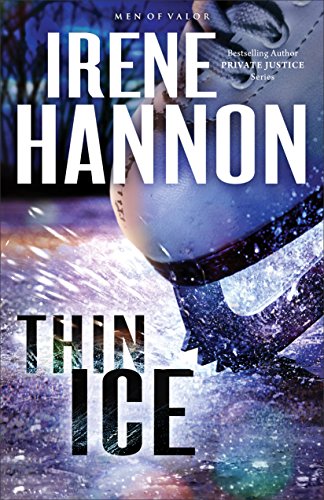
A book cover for Thin Ice: A Novel (Men of Valor); Irene Hannon; Romance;